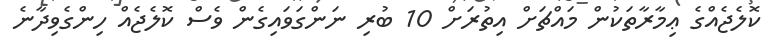
ކޮލެޖެއްގެ ޢިމާރާތަކުން މައްޗަށް އިތުރަށް 10 ބުރި ނަންގަވައިގެން ވެސް ކޮލެޖެއް ހިންގެވިދާނެ